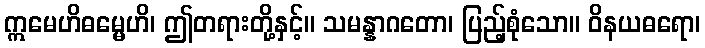
ဣမေဟိဓမ္မေဟိ၊ ဤတရားတို့နှင့်။ သမန္နာဂတော၊ ပြည့်စုံသော။ ဝိနယဓရော၊